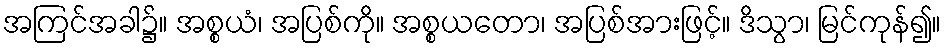
အကြင်အခါ၌။ အစ္စယံ၊ အပြစ်ကို။ အစ္စယတော၊ အပြစ်အားဖြင့်။ ဒိသွာ၊ မြင်ကုန်၍။